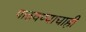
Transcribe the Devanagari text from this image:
पाठवण्याचाही